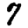
Digit: 7